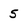
Character: 5